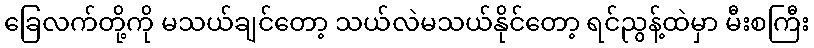
ခြေလက်တို့ကို မသယ်ချင်တော့ သယ်လဲမသယ်နိုင်တော့ ရင်ညွန့်ထဲမှာ မီးစကြီး